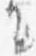
に